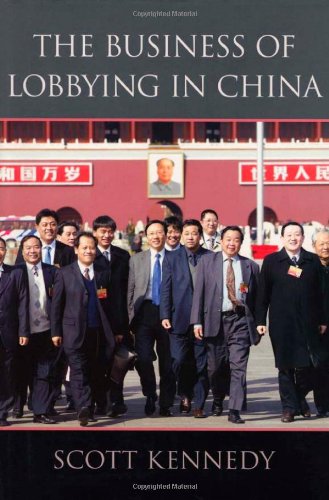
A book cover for The Business of Lobbying in China; Scott Kennedy; Business & Money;